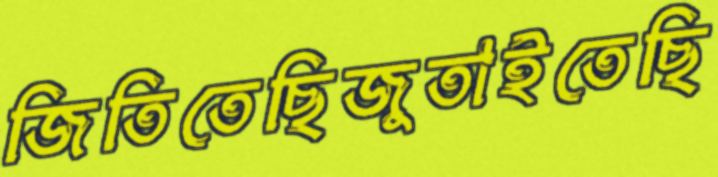
জিতিতেছিজুতাইতেছি